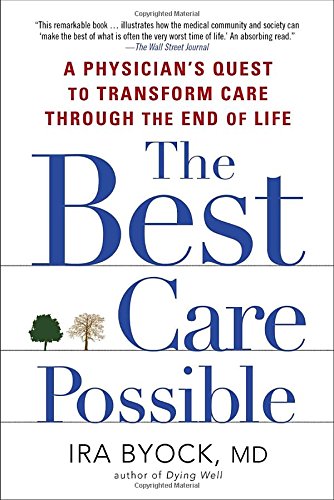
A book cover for The Best Care Possible: A Physician's Quest to Transform Care Through the End of Life; Ira Byock; Self-Help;